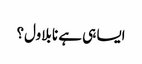
ایسا ہی ہے نا بلاول؟